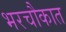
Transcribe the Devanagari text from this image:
भरचौकात